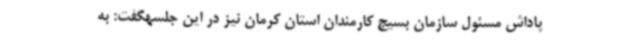
پاداش مسئول سازمان بسیج کارمندان استان کرمان نیز در این جلسهگفت: به